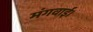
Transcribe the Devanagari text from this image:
मंगवाई।